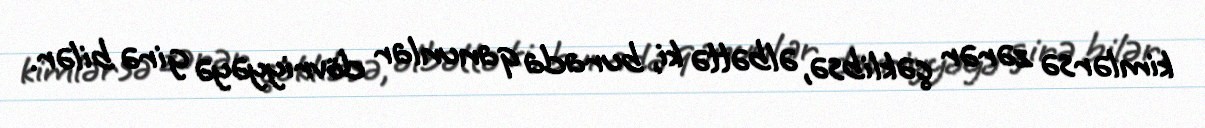
kimlərsə zərər çəklibsə, əlbəttə ki, burada qanunlar dövriyyəyə girə bilər.